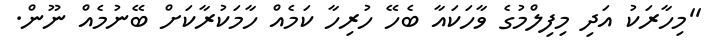
''މިހާރަކު އަދި މިފިލްމުގެ ވާހަކައާ ބެހޭ ހުރިހާ ކަމެއް ހާމަކުރާކަށް ބޭނުމެއް ނޫން.